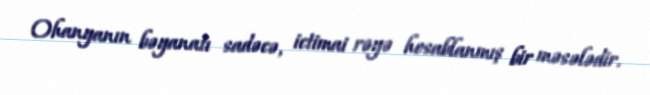
Ohanyanın bəyanatı sadəcə, ictimai rəyə hesablanmış bir məsələdir.